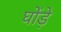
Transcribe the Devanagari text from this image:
घोंड़े